Vaccination in Bombay 1869-1873 - 1869-1873
Year: 1869
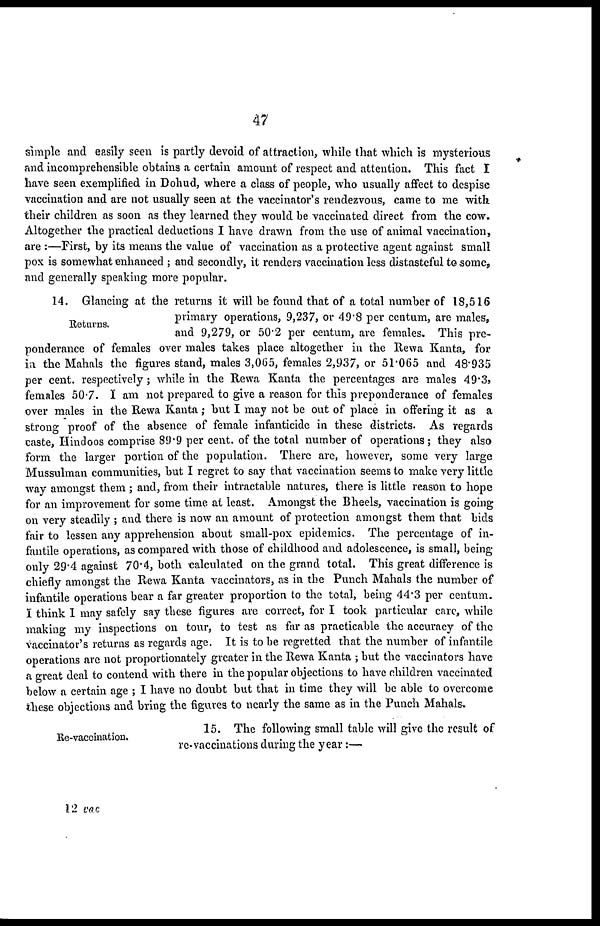
47
simple and easily seen is partly devoid of attraction, while that which is mysterious
and incomprehensible obtains a certain amount of respect and attention. This fact I
have seen exemplified in Dohud, where a class of people, who usually affect to despise
vaccination and are not usually seen at the vaccinator's rendezvous, came to me with
their children as soon as they learned they would be vaccinated direct from the cow.
Altogether the practical deductions I have drawn from the use of animal vaccination,
are :—First, by its means the value of vaccination as a protective agent against small
pox is somewhat enhanced ; and secondly, it renders vaccination less distasteful to some,
and generally speaking more popular.
Returns.
14. Glancing at the returns it will be found that of a total number of 18,516
primary operations, 9,237, or 49.8 per centum, are males,
and 9,279, or 50.2 per centum, are females. This pre-
ponderance of females over males takes place altogether in the Rewa Kanta, for
in the Mahals the figures stand, males 3,065, females 2,937, or 51.065 and 48.935
per cent. respectively; while in the Rewa Kanta the percentages are males 49.3,
females 50.7. I am not prepared to give a reason for this preponderance of females
over males in the Rewa Kanta ; but I may not be out of place in offering it as a
strong proof of the absence of female infanticide in these districts. As regards
caste, Hindoos comprise 89.9 per cent. of the total number of operations ; they also
form the larger portion of the population. There are, however, some very large
Mussulman communities, but I regret to say that vaccination seems to make very little
way amongst them ; and, from their intractable natures, there is little reason to hope
for an improvement for some time at least. Amongst the Bheels, vaccination is going
on very steadily ; and there is now an amount of protection amongst them that bids
fair to lessen any apprehension about small-pox epidemics. The percentage of in-
fantile operations, as compared with those of childhood and adolescence, is small, being
only 29.4 against 70.4, both calculated on the grand total. This great difference is
chiefly amongst the Rewa Kanta vaccinators, as in the Punch Mahals the number of
infantile operations bear a far greater proportion to the total, being 44.3 per centum.
I think I may safely say these figures are correct, for I took particular care, while
making my inspections on tour, to test as far as practicable the accuracy of the
vaccinator's returns as regards age. It is to be regretted that the number of infantile
operations are not proportionately greater in the Rewa Kanta ; but the vaccinators have
a great deal to contend with there in the popular objections to have children vaccinated
below a certain age ; I have no doubt but that in time they will be able to overcome
these objections and bring the figures to nearly the same as in the Punch Mahals.
Re-vaccination.
15. The following small table will give the result of
re-vaccinations during the year:—
12 vac